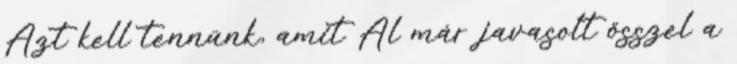
Azt kell tennünk, amit Al már javasolt ősszel a